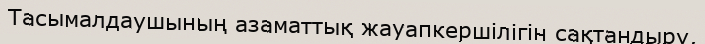
Тасымалдаушының азаматтық жауапкершілігін сақтандыру,